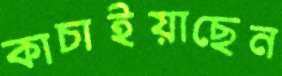
কাচাইয়াছেন